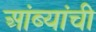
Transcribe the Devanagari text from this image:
आंब्यांची